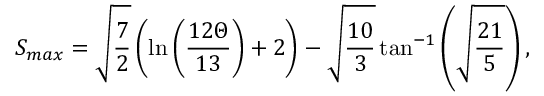
S _ { m a x } = \sqrt { \frac { 7 } { 2 } } \left( \ln \left( \frac { 1 2 \Theta } { 1 3 } \right) + 2 \right) - \sqrt { \frac { 1 0 } { 3 } } \tan ^ { - 1 } \left( \sqrt { \frac { 2 1 } { 5 } } \right) ,